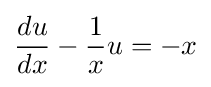
{\frac {du}{dx}}-{\frac {1}{x}}u=-x